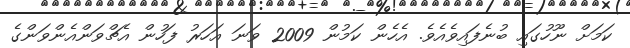
ކަމަށް ނޫހުގައި ބުނެފައިވެއެވެ. އެހެން ކަމުން 2009 ވަނަ އަހަރު ފަހުން އެޗްވަންއެންވަންގެ